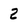
Character: 2